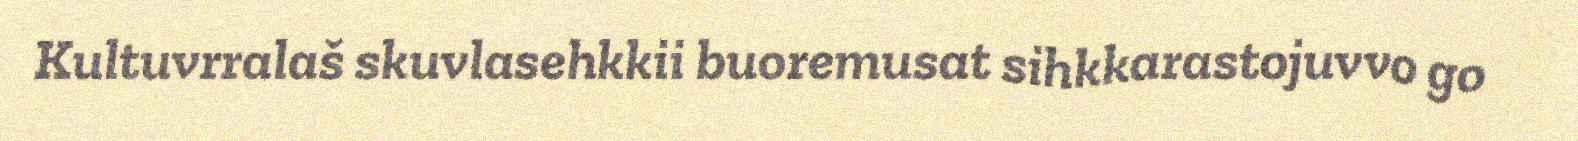
Kultuvrralaš skuvlasehkkii buoremusat sihkkarastojuvvo go